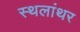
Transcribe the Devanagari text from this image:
स्थलांथर